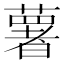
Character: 薯